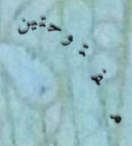
مفتوحتين